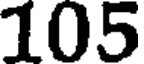
105